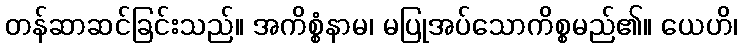
တန်ဆာဆင်ခြင်းသည်။ အကိစ္စံနာမ၊ မပြုအပ်သောကိစ္စမည်၏။ ယေဟိ၊